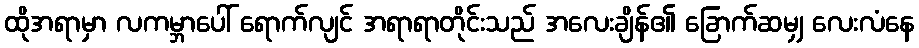
ထိုအရာမှာ လကမ္ဘာပေါ် ရောက်လျင် အရာရာတိုင်းသည် အလေးချိန်၏ ခြောက်ဆမျှ လေးလံနေ